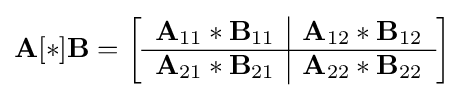
\mathbf {A} [\ast ]\mathbf {B} =\left[{\begin{array}{c | c}\mathbf {A} _{11}\ast \mathbf {B} _{11}&\mathbf {A} _{12}\ast \mathbf {B} _{12}\\\hline \mathbf {A} _{21}\ast \mathbf {B} _{21}&\mathbf {A} _{22}\ast \mathbf {B} _{22}\end{array}}\right]